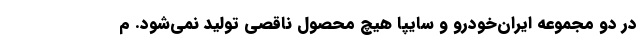
در دو مجموعه ایران‌خودرو و سایپا هیچ محصول ناقصی توليد نمي‌شود. م